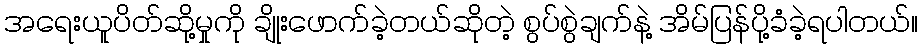
အရေးယူပိတ်ဆို့မှုကို ချိုးဖောက်ခဲ့တယ်ဆိုတဲ့ စွပ်စွဲချက်နဲ့ အိမ်ပြန်ပို့ခံခဲ့ရပါတယ်။